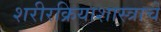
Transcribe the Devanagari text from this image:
शरीरक्रियाशास्त्राचे